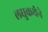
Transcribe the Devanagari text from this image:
लघुकथेने